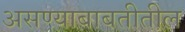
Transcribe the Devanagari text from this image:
असण्याबाबतीतील